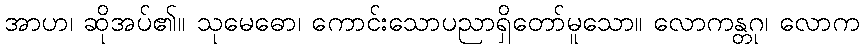
အာဟ၊ ဆိုအပ်၏။ သုမေဓော၊ ကောင်းသောပညာရှိတော်မူသော။ လောကန္တဂု၊ လောက